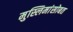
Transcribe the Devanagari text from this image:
मुस्लिमांसोबत